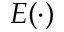
E ( \cdot )